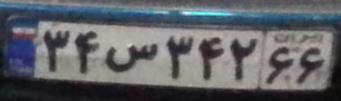
۳۴س۳۴۲۶۶